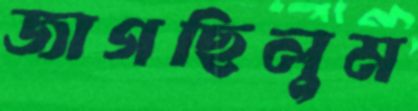
জাগছিলুম